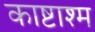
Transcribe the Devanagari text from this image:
काष्टाश्म